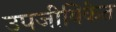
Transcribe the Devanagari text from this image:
उपजीविकेत